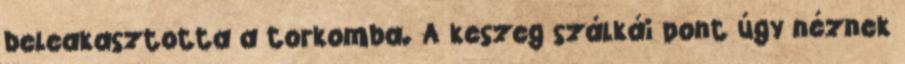
beleakasztotta a torkomba. A keszeg szálkái pont úgy néznek